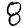
Digit: 8